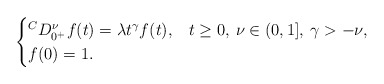
\begin{align*}\begin{cases}{}^C D_{0^+}^\nu f(t)= \lambda t^{\gamma}f(t), & t\geq 0,\: \nu \in (0,1],\: \gamma>-\nu,\\f(0)=1.\end{cases}\end{align*}